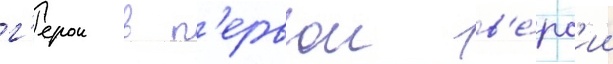
г'ерои в п'ервои в'е́рс'ии